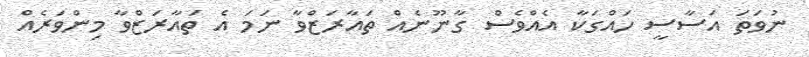
ނުވަތަ އަސާސީ ހައްގަކާ އެއްވެސް ގާނޫނެއް ތައާރަޒްވާ ނަމަ އެ ތައާރަޒްވާ މިންވަރެއް